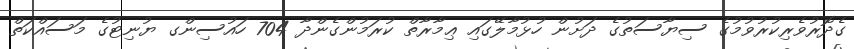
ގެދޮރުވެރިކުރުވުމުގެ ސިޔާސަތުގެ ދަށުން ހުޅުމާލޭގައި ޢިމާރާތް ކުރަމުންގެންދާ 704 ހައުސިންގ ޔުނިޓުގެ މަސައްކަތް